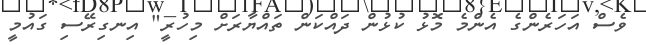
ވެސް އަހަރެންގެ އެންމެ މޮޅު ކުޅުން ދައްކަން ތައްޔާރަށް މިހުރީ" އިނގިރޭސި ގައުމީ